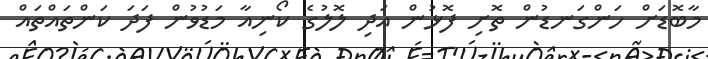
މާބޮޑަށް ހަންގަނޑުން ތޮށި ފޮޅުން އަދި ލޮލުގެ ކޯނިއާ މަޑުވުން ފަދަ ކަންތައްތައް